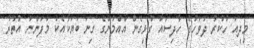
މިދިއަ ހުކުރު ދުވަހުގެ ހާދިސާއާ ގުޅިގެން އާއްމުންގެ ގިނަ ބަޔަކާއެކު މާފަންނު އުތުރު